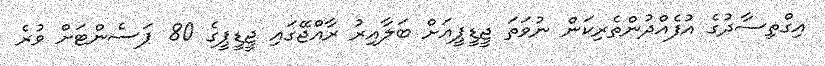
އިގްތިސާދުގެ އުފެއްދުންތެރިކަން ނުވަތަ ޖީޑީޕީއަށް ބަލާއިރު ރާއްޖޭގައި ޖީޑީޕީގެ 80 ޕަސެންޓަށް ވުރެ